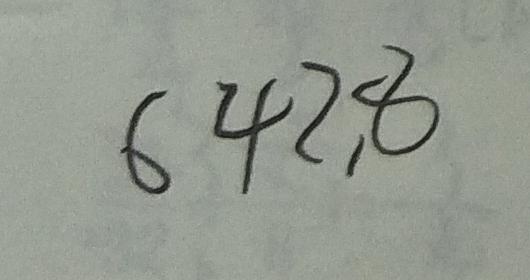
6 4 2 . 8